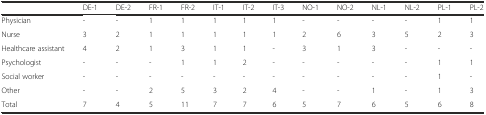
|  | DE-1 | DE-2 | FR-1 | FR-2 | IT-1 | IT-2 | IT-3 | NO-1 | NO-2 | NL-1 | NL-2 | PL-1 | PL-2 |
 | --- | --- | --- | --- | --- | --- | --- | --- | --- | --- | --- | --- | --- | --- |
 | Physician | - | - | 1 | 1 | 1 | 1 | 1 | - | - | - | - | 1 | 1 |
 | Nurse | 3 | 2 | 1 | 1 | 1 | 1 | 1 | 2 | 6 | 3 | 5 | 2 | 3 |
 | Healthcare assistant | 4 | 2 | 1 | 3 | 1 | 1 | - | 3 | 1 | 3 | - | - | - |
 | Psychologist | - | - | - | 1 | 1 | 2 | - | - | - | - | - | 1 | 1 |
 | Social worker | - | - | - | - | - | - | - | - | - | - | - | 1 | - |
 | Other | - | - | 2 | 5 | 3 | 2 | 4 | - | - | 1 | - | 1 | 3 |
 | Total | 7 | 4 | 5 | 11 | 7 | 7 | 6 | 5 | 7 | 6 | 5 | 6 | 8 |